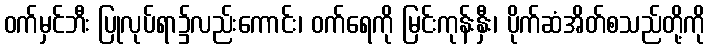
ဝက်မှင်ဘီး ပြုလုပ်ရာ၌လည်းကောင်း၊ ဝက်ရေကို မြင်းကုန်းနှီး၊ ပိုက်ဆံအိတ်စသည်တို့ကို